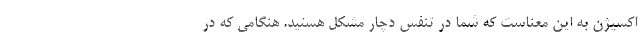
اکسیژن به این معناست که شما در تنفس دچار مشکل هستید. هنگامی که در